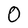
Character: O